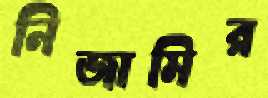
নিজামির